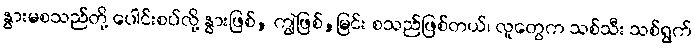
နွားမစသည်တို့ ပေါင်းစပ်လို့ နွားဖြစ်, ကျွဲဖြစ်,မြင်း စသည်ဖြစ်တယ်၊ လူတွေက သစ်သီး သစ်ရွက်